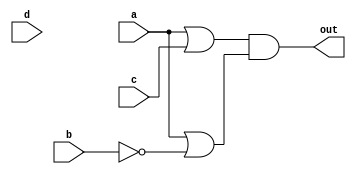
module top_module(
    input a,
    input b,
    input c,
    input d,
    output out  ); 
    //sum of products(sop)
    //assign out = a | (~a&~b&c);
    
    //product of sums(pos)
    assign out = (a|c)&(a|~b);
endmodule